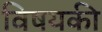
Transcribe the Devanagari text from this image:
विषयकी